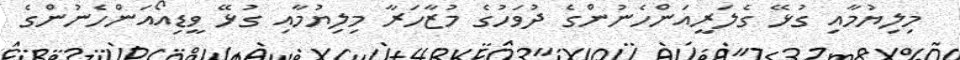
މިލިޔުމާއި ގުޅޭ ގެލަރީއަންހެނުންގެ ދުވަހުގެ މުޒާހަރާ މިލިޔުމާއި ގުޅޭ ވީޑިއޯއަންހެނުންގެ